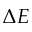
\Delta E